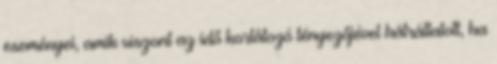
eseményei, amik viszont az idő korlátozó tényezőjével hátráltatott, ha